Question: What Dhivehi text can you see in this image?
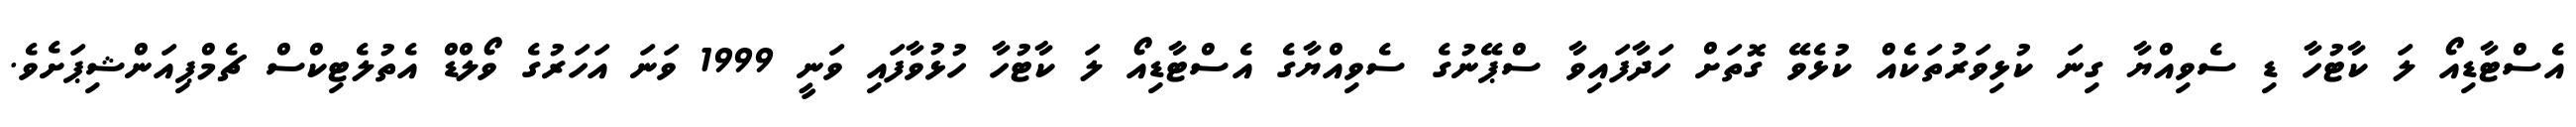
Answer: އެސްޓާޑިއޯ ލަ ކާޓުހާ ޑި ސެވިއްޔާ ގިނަ ކުޅިވަރުތަކެއް ކުޅެވޭ ގޮތަށް ހަދާފައިވާ ސްޕޭނުގެ ސެވިއްޔާގެ އެސްޓާޑިއޯ ލަ ކާޓުހާ ހުޅުވާފައި ވަނީ 1999 ވަނަ އަހަރުގެ ވޯލްޑް އެތުލެޓިކްސް ޗެމްޕިއަންޝިޕަށެވެ.